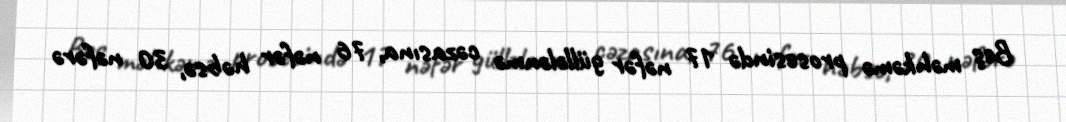
Beş məhkəmə prosesində 17 nəfər güllələnmə cəzasına, 76 nəfər həbsə, 30 nəfərə